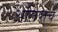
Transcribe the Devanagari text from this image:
अलिप्तच